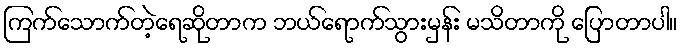
ကြက်သောက်တဲ့ရေဆိုတာက ဘယ်ရောက်သွားမှန်း မသိတာကို ပြောတာပါ။